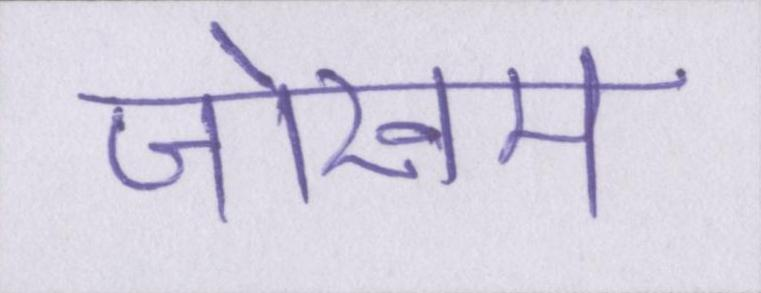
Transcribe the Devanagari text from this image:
जोखम